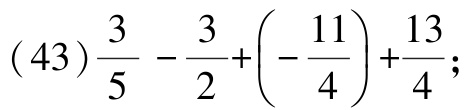
\((43)\frac{3}{5} - \frac{3}{2}+\left( -\frac{11}{4}\right) +\frac{13}{4};\)